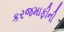
કરજમાફીની